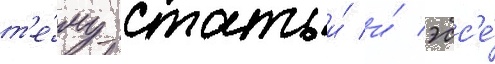
т'е́му статьи́ и́ эсс'е́